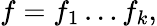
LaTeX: f=f_{1}\ldots f_{k},